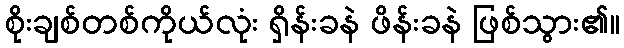
စိုးချစ်တစ်ကိုယ်လုံး ရှိန်းခနဲ ဖိန်းခနဲ ဖြစ်သွား၏။